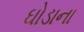
ઘોડાના